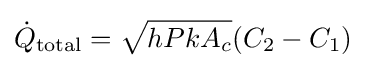
{\dot {Q}}_{\text{total}}={\sqrt {hPkA_{c}}}(C_{2}-C_{1})